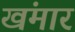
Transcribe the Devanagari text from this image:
खंमार